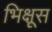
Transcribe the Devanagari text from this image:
भिक्षूस